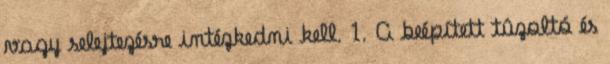
vagy selejtezésre intézkedni kell. 1. A beépített tûzoltó és